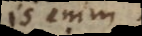
is enim